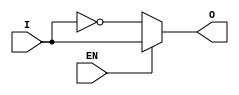
module Buffer(
   input I,
   input EN,
   output reg O
);

always @ (I, EN)
begin
   if (EN == 0)
      O = ~I;
   else
      O = I;
end

endmodule